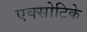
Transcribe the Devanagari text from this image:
एक्सोटिके